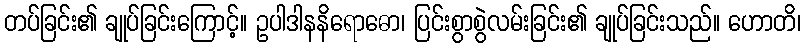
တပ်ခြင်း၏ ချုပ်ခြင်းကြောင့်။ ဥပါဒါနနိရောဓော၊ ပြင်းစွာစွဲလမ်းခြင်း၏ ချုပ်ခြင်းသည်။ ဟောတိ၊